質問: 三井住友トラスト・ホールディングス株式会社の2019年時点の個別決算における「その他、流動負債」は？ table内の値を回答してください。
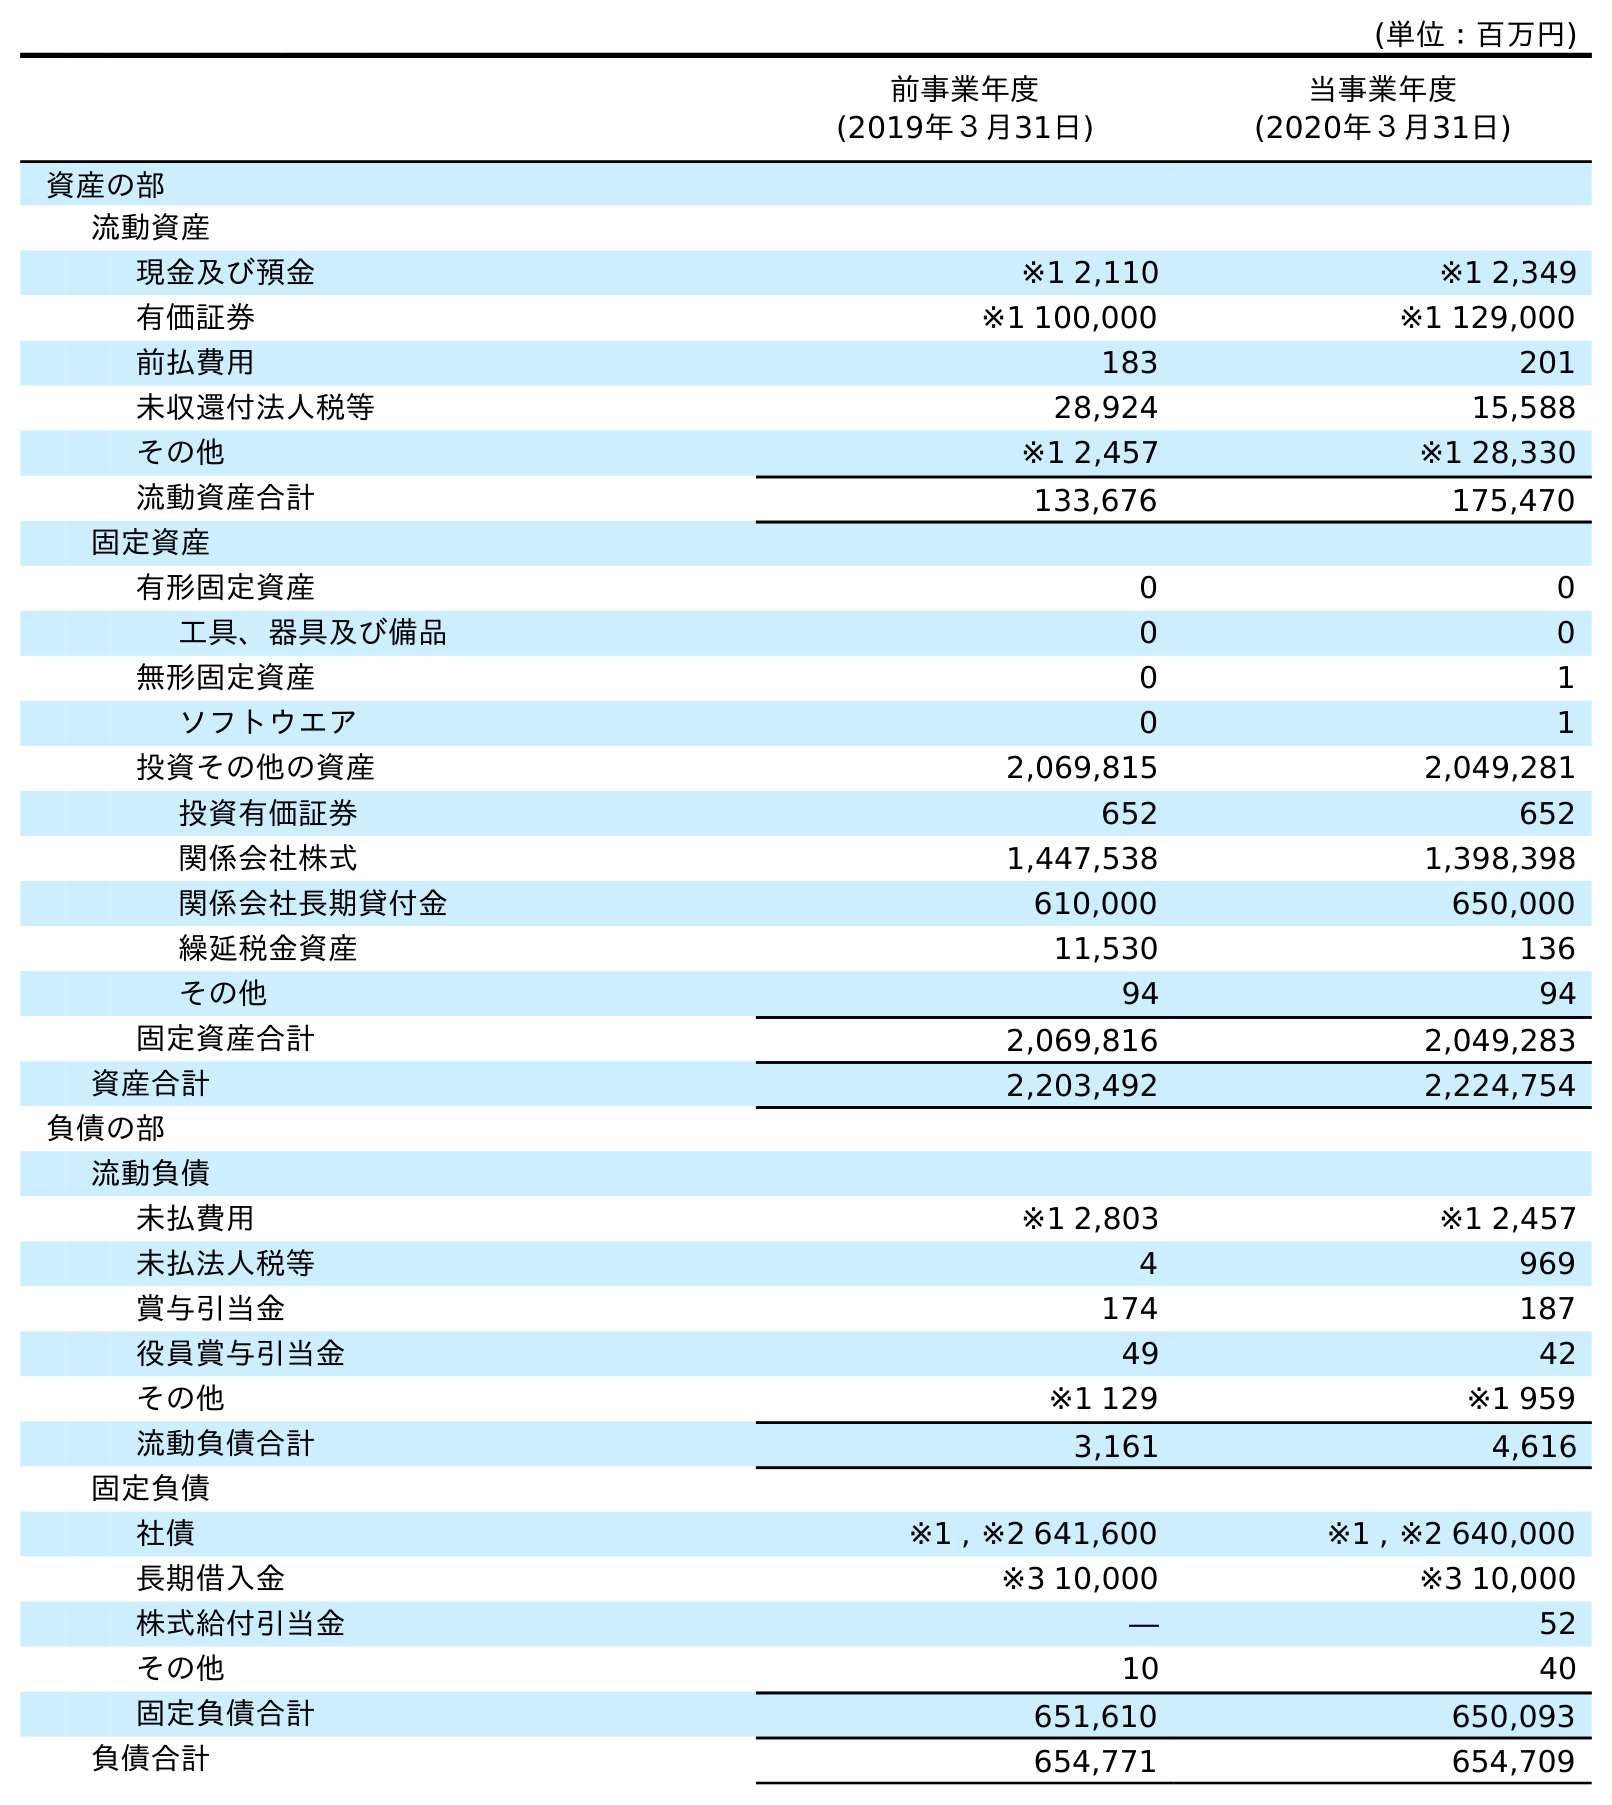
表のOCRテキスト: (単位：百万円) 前事業年度 (2019年３月31日) 当事業年度 (2020年３月31日) 資産の部 流動資産 現金及び預金 ※1 2,110 ※1 2,349 有価証券 ※1 100,000 ※1 129,000 前払費用 183 201 未収還付法人税等 28,924 15,588 その他 ※1 2,457 ※1 28,330 流動資産合計 133,676 175,470 固定資産 有形固定資産 0 0 工具、器具及び備品 0 0 無形固定資産 0 1 ソフトウエア 0 1 投資その他の資産 2,069,815 2,049,281 投資有価証券 652 652 関係会社株式 1,447,538 1,398,398 関係会社長期貸付金 610,000 650,000 繰延税金資産 11,530 136 その他 94 94 固定資産合計 2,069,816 2,049,283 資産合計 2,203,492 2,224,754 負債の部 流動負債 未払費用 ※1 2,803 ※1 2,457 未払法人税等 4 969 賞与引当金 174 187 役員賞与引当金 49 42 その他 ※1 129 ※1 959 流動負債合計 3,161 4,616 固定負債 社債 ※1 , ※2 641,600 ※1 , ※2 640,000 長期借入金 ※3 10,000 ※3 10,000 株式給付引当金 ― 52 その他 10 40 固定負債合計 651,610 650,093 負債合計 654,771 654,709
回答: ※1129